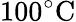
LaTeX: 100^{\circ}\mathrm{C}